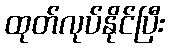
ထုတ်လုပ်နိုင်ပြီး